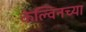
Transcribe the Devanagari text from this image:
केल्विनच्या